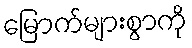
မြောက်များစွာကို